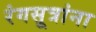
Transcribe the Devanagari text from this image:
रंगसूत्रांना